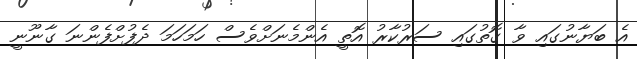
އެ ބަޔާނުގައި ވާ ގޮތުގައި ސަރުކާރު އޮތީ އެންމެނަށްވެސް ހަމަހަމަ ދެފުށްފެންނަ ގާނޫނީ